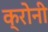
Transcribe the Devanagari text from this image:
क्रोनी